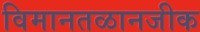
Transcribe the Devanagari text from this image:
विमानतळानजीक